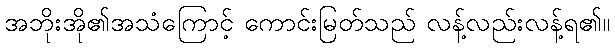
အဘိုးအို၏အသံကြောင့် ကောင်းမြတ်သည် လန့်လည်းလန့်ရ၏။